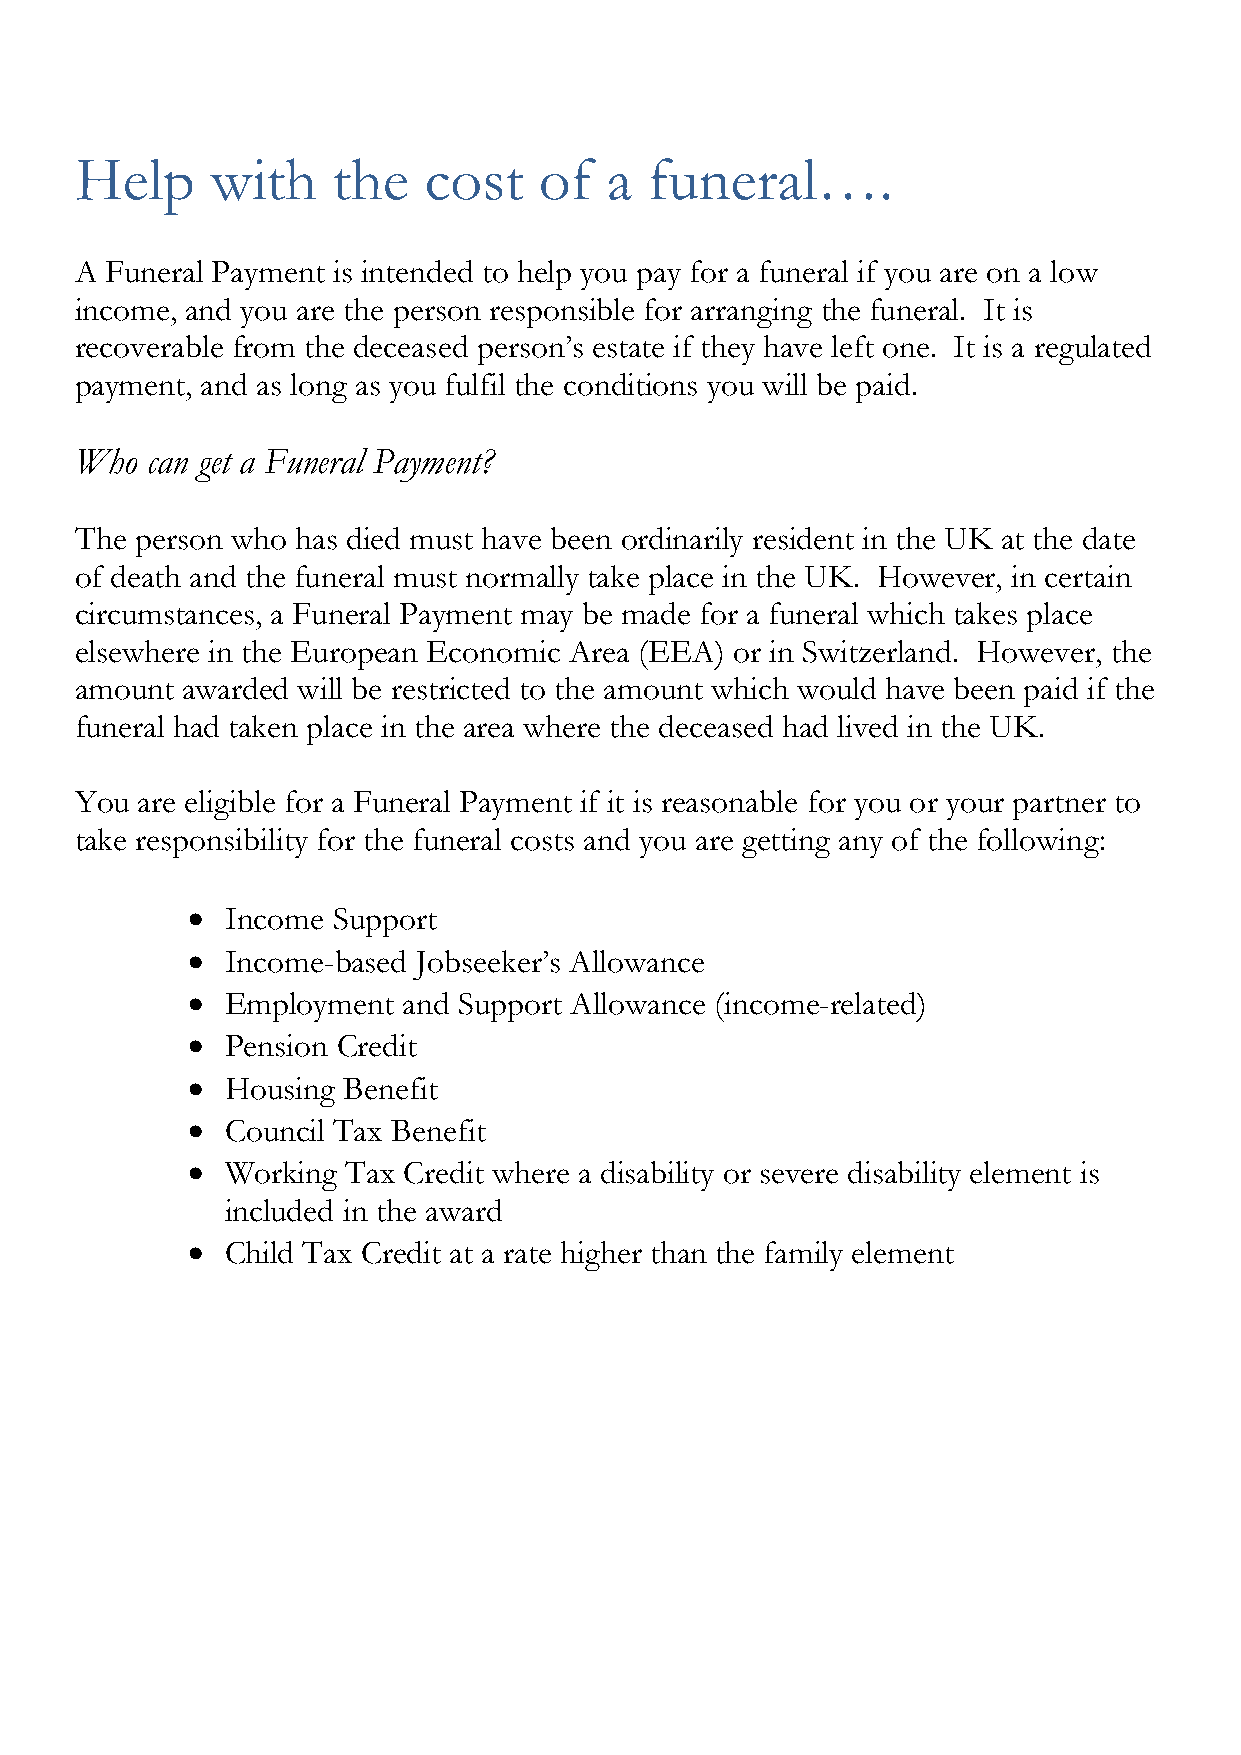
Help     with    the   cost    of  a  funeral….
 A Funeral Payment is intended to help you pay for a funeral if you are on a low
 income, and you are the person responsible for arranging the funeral. It is
 recoverable from the deceased person’s estate if they have left one. It is a regulated
 payment, and as long as you fulfil the conditions you will be paid.
 Who  can get a Funeral Payment?
 The person who has died must have been ordinarily resident in the UK at the date
 of death and the funeral must normally take place in the UK. However, in certain
 circumstances, a Funeral Payment may be made for a funeral which takes place
 elsewhere in the European Economic Area (EEA) or in Switzerland. However, the
 amount awarded will be restricted to the amount which would have been paid if the
 funeral had taken place in the area where the deceased had lived in the UK.
 You are eligible for a Funeral Payment if it is reasonable for you or your partner to
 take responsibility for the funeral costs and you are getting any of the following:
 •  Income Support
 •  Income-based Jobseeker’s Allowance
 •  Employment  and Support Allowance (income-related)
 •  Pension Credit
 •  Housing Benefit
 •  Council Tax Benefit
 •  Working Tax Credit where a disability or severe disability element is
 included in the award
 •  Child Tax Credit at a rate higher than the family element